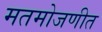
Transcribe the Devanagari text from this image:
मतमोजणीत